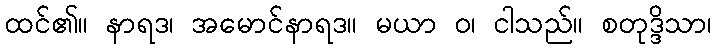
ထင်၏။ နာရဒ၊ အမောင်နာရဒ။ မယာ ဝ၊ ငါသည်။ စတုဒ္ဒိသာ၊